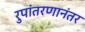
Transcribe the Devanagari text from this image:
रुपांतरणानंतर